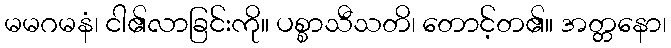
မမဂမနံ၊ ငါ၏လာခြင်းကို။ ပစ္စာသီသတိ၊ တောင့်တ၏။ အတ္တနော၊